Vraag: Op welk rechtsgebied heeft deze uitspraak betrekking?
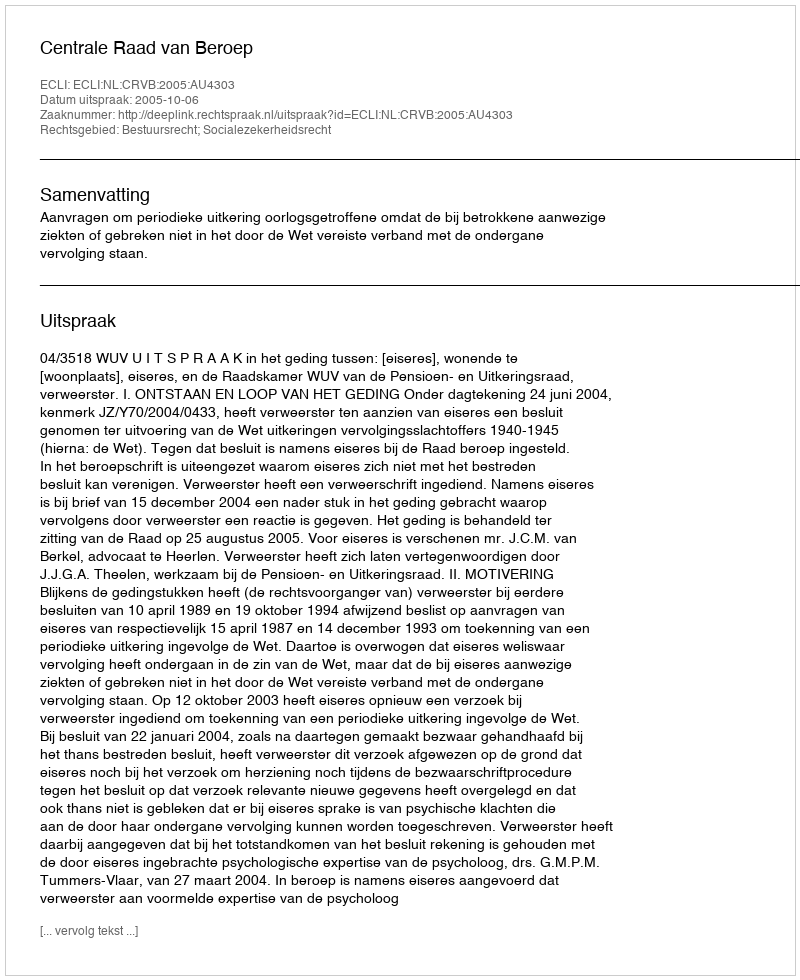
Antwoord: Bestuursrecht; Socialezekerheidsrecht